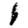
Digit: 1